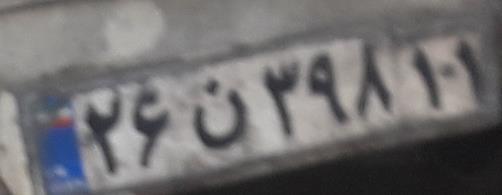
۲۶ن۳۹۸۱۱